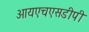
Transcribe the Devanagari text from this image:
आयएचएसडीपी